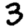
Digit: 3